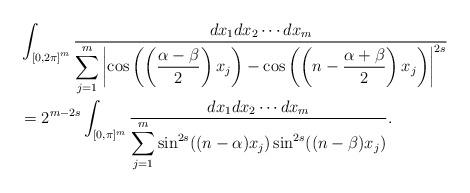
LaTeX: \begin{align*}&\int_{{[0,2\pi]}^m}\frac{dx_1dx_2\cdots dx_m}{\displaystyle\sum_{j=1}^{m}\left|\cos\left(\left(\frac{\alpha-\beta}{2}\right)x_j\right)-\cos \left(\left(n-\frac{\alpha+\beta}{2}\right)x_j\right)\right|^{2s}}\\& =2^{m-2s}\int_{[0,\pi]^m}\frac{dx_1dx_2\cdots dx_m}{\displaystyle\sum_{j=1}^m\sin^{2s}((n-\alpha) x_j)\sin^{2s}((n-\beta) x_j)}.\end{align*}